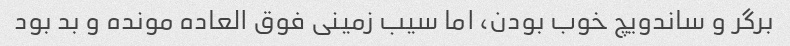
برگر و ساندویچ خوب بودن، اما سیب زمینی فوق العاده مونده و بد بود